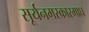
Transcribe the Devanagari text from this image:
सूर्यनमस्कारमाघ